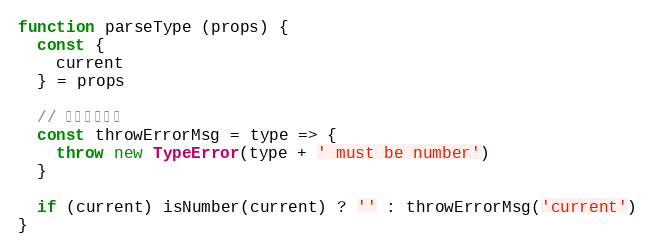
Language: JavaScript
function parseType (props) {
  const {
    current
  } = props

  // 抛出错误信息
  const throwErrorMsg = type => {
    throw new TypeError(type + ' must be number')
  }

  if (current) isNumber(current) ? '' : throwErrorMsg('current')
}